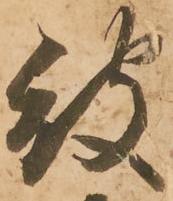
被